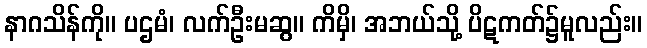
နာဂသိန်ကို။ ပဌမံ၊ လက်ဦးမဆွ။ ကိမှိ၊ အဘယ်သို့ ပိဋကတ်၌မူလည်း။